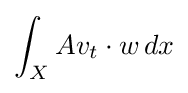
\int _{X}Av_{t}\cdot w\,dx